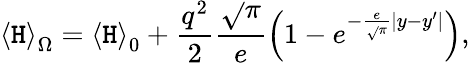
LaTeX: \left\langle\mathtt{H}\right\rangle_{\Omega}=\left\langle\mathtt{H}\right\rangle_{0}+\frac{{{q^{2}}}}{{2}}\frac{{{\sqrt{}{\pi}}}}{{e}}\left({1-e^{-\frac{{e}}{{{\sqrt{}{\pi}}}}|y-y^{\prime}|}}\right),